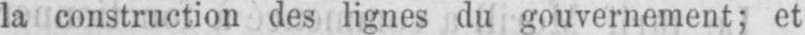
la construction des lignes du gouvernement; et